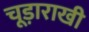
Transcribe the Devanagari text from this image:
चूड़ाराखी